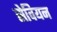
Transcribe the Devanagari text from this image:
सेवियन